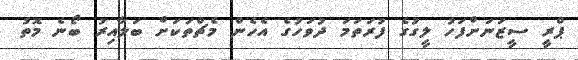
ޕްރީ ސީޒަނަށްފަހު ލީގުގެ ފުރަތަމަ ދުވަހުގެ އެހެން މެޗްތަކަށް ބަލާއިރު ބޯނެ މޮތު